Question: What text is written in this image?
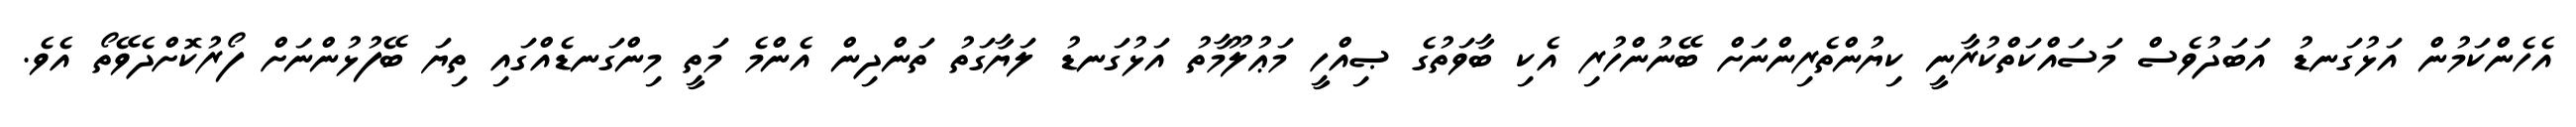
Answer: އެހެންކަމުން އަޅުގަނޑު އަބަދުވެސް މަސައްކަތްކުރާނީ ކިޔުންތެރިންނަށް ބޭނުންހުރި އެކި ބާވަތުގެ ޞިއްހީ މަޢުލޫމާތު އަޅުގަނޑު ލަޔާގަތު ތަންދިން އެންމެ މަތީ މިންގަނޑެއްގައި ތިޔަ ބޭފުޅުންނަށް ފޯރުކޮށްދެވޭތޯ އެވެ.